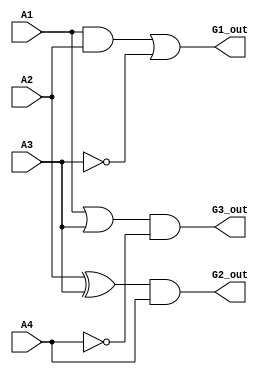
module overlapped_logic (
    input wire A1,
    input wire A2,
    input wire A3,
    input wire A4,
    output wire G1_out,
    output wire G2_out,
    output wire G3_out
);

// Group 1: Logic function based on inputs A1, A2, A3
wire G1_logic;
assign G1_logic = (A1 & A2) | (~A3); // Example: (A1 AND A2) OR (NOT A3)
assign G1_out = G1_logic;

// Group 2: Logic function based on inputs A2, A3, A4
wire G2_logic;
assign G2_logic = (A2 ^ A3) & A4; // Example: (A2 XOR A3) AND A4
assign G2_out = G2_logic;

// Group 3: Logic function based on inputs A1, A3, A4
wire G3_logic;
assign G3_logic = (A1 | A3) & (~A4); // Example: (A1 OR A3) AND (NOT A4)
assign G3_out = G3_logic;

endmodule